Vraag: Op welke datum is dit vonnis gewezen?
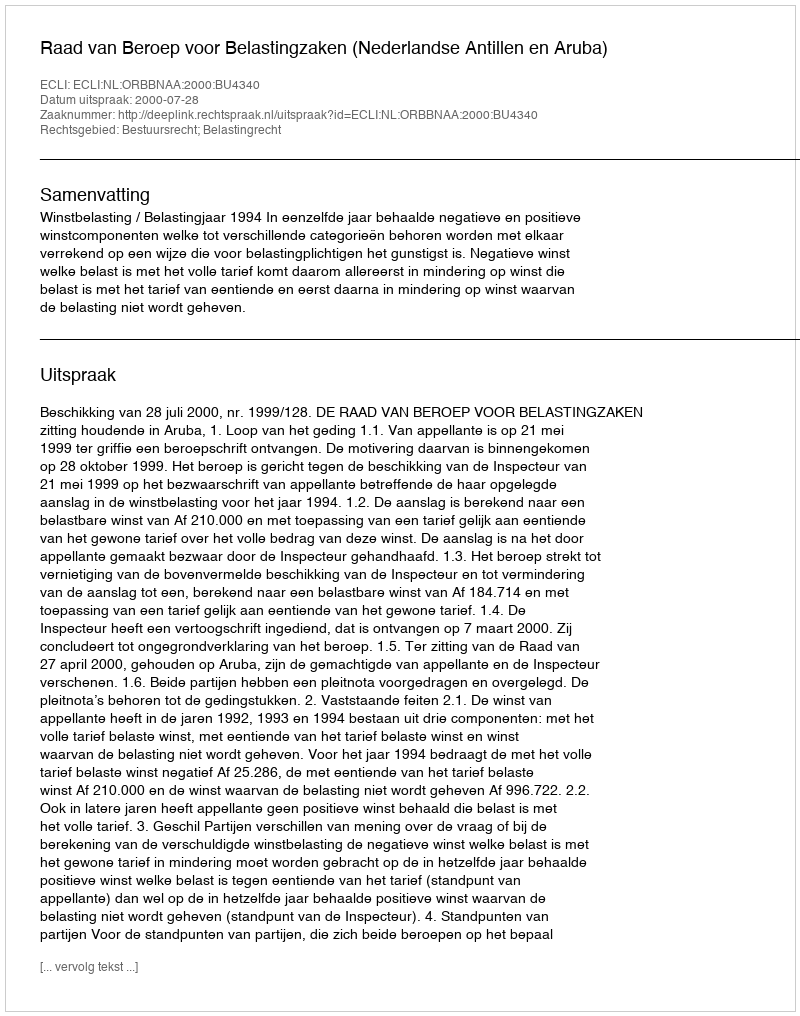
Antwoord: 2000-07-28